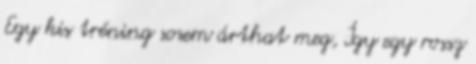
Egy kis tréning sosem árthat meg, Így egy rossz